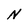
Character: N